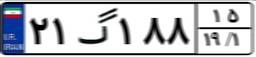
۲۸گ۸۶۳۰۳